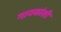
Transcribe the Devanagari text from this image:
गायकांशी